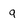
Character: g